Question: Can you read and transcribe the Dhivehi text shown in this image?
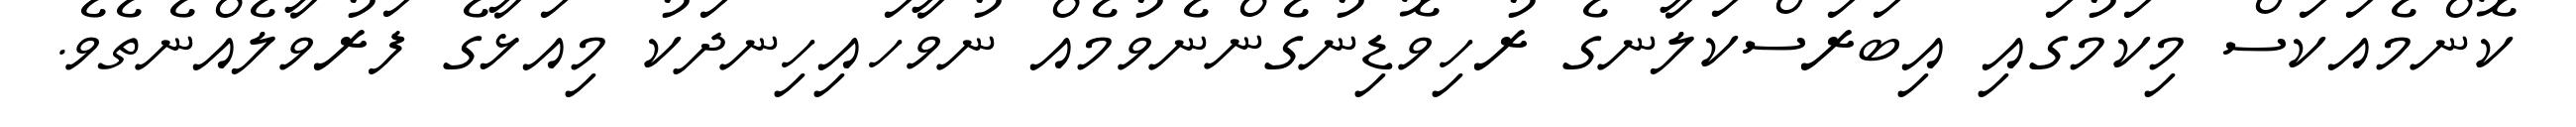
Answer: ކޮންމެއަކަސް މިކަމުގައި އިބަރަސްކަލާނގެ ރުހިވޮޑިނުގެންނެވުމެއް ނުވާހައިހިނދަކު މިއަޅާގެ ފަރުވާލެއްނެތެވެ.